Report of the King Institute of Preventive Medicine, Guindy
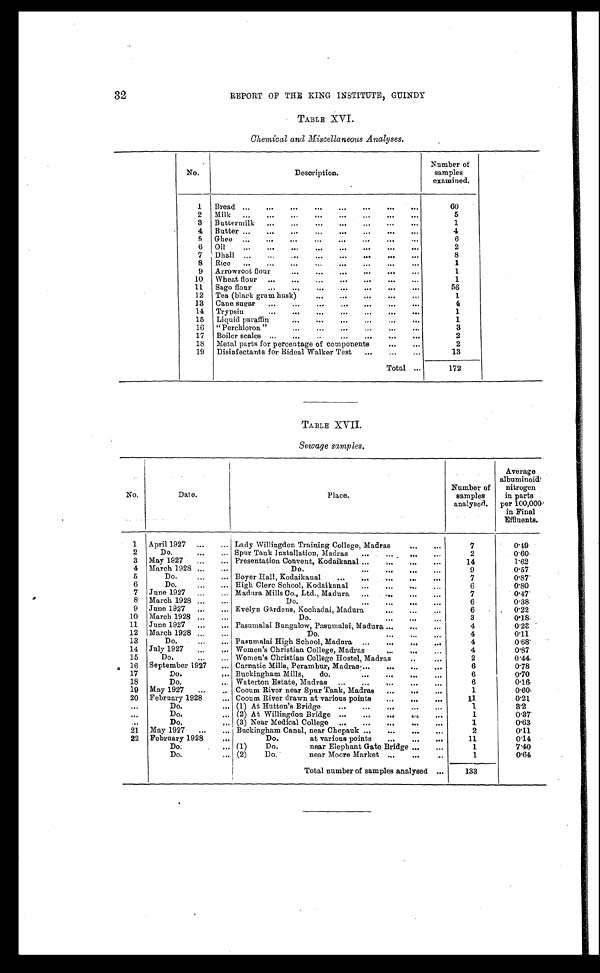
32
REPORT OF THE KING INSTITUTE, GUINDY
TABLE XVI.
Chemical and Miscellaneous Analyses.
No.
Description.
Number of
samples
examined.
1
Bread . . .
60
2
Milk . . .
5
3
Buttermilk . . .
1
4
Butter . . .
4
5
Ghee . . .
6
6
Oil . . .
2
7
Dhall . . .
8
8
Rice . . .
1
9
Arrowroot flour . . .
1
10
Wheat flour . . .
1
11
Sago flour . . .
56
12
Tea (black gram husk) . . .
1
13
Cane sugar . . .
4
14
Trypsin . . .
1
15
Liquid paraffin . . .
1
16
"Perchloron" . . .
3
17
Boiler scales . . .
2
18
Metal parts for percentage of components . . .
2
19
Disinfectants for Rideal Walker Test . . .
13
Total . . .
172
TABLE XVII.
Sewage samples.
No.
Date.
Place.
Number of
samples
analysed.
Average
albuminoid
nitrogen
in parts
per 100,000
in Final
Effluents.
1
April 1927 . . .
Lady Willingdon Training College, Madras . . .
7
0.49
2
Do. . . .
Spur Tank Installation, Madras . . .
2
0.60
3
May 1927 . . .
14
1.62
Presentation Convent, Kodaikanal . . .
4
March 1928 . . .
9
0.57
Do. . . .
5
Do. . . .
Boyer Hall, Kodaikanal . . .
7
0.87
6
Do. . . .
6
0.80
High Clerc School, Koclaikanal . . .
7
June 1927 . . .
7
0.47
Madura Mills Co., Ltd., Madura . . .
8
March 1928 . . .
6
0.38
Do. . . .
9
June 1927 . . .
6
0.22
Evelyn Gardens, Kochadai, Maclura . . .
10
March 1928 . . .
3
0.18
Do. . . .
11
June 1927 . . .
4
0.23
Pasumalai Bungalow, Pasumalai, Madura . . .
12
Mar ch 1928 . . .
4
0.11
Do. . . .
13
Do. . . .
Pasumalai High School, Madura . . .
4
0.68
14
July 1927 . . .
Women's Christian College, Madras . . .
4
0.87
15
Do. . . .
2
0.44.
Women's Christian College Hostel, Madras . . .
16
September 1927 . . .
Carnatic Mills, Perambur, Madras . . .
6
0.78
17
Do. . . .
Buckingham Mills, do. . . .
6
0.70
18
Do. . . .
Waterton Estate, Madras . . .
6
0.16
19
May 1927 . . .
1
0.60
Cooum River near Spur Tank, Madras . . .
20
February 1928 . . .
11
0.21
Cooum River drawn at various points . . .
. . .
Do. . . .
1
3.2
(1) At Hutton's Bridge . . .
. . .
Do. . . .
1
0.37
(2) At Willingdon Bridge . . .
. . .
Do. . . .
1
0.63
(3) Near Medical College . . .
21
May 1927 . . .
Buckingham Canal, near Chepauk . . .
2
0.11
22
February 1928 . . .
Do. at various points . . .
11
0.14
Do. . . .
(1) Do. near Elephant Gate Bridge . . .
1
7.40
Do. . . .
1
0.64
(2) Do. near Moore Market . . .
Total number of samples analysed . . .
133